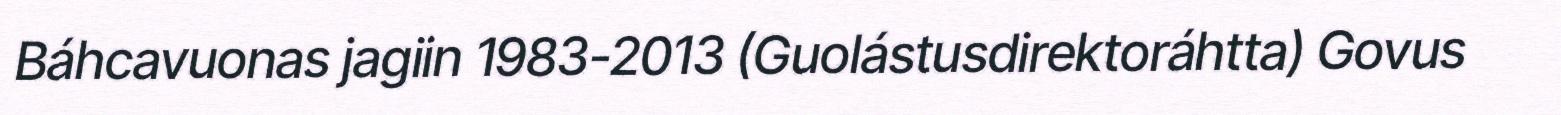
Báhcavuonas jagiin 1983-2013 (Guolástusdirektoráhtta) Govus